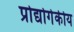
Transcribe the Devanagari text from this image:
प्रोद्योगेकीय